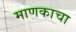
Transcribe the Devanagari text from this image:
माणकाचा